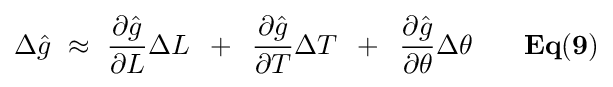
\Delta {\hat {g}}\,\,\approx \,\,{{\partial {\hat {g}}} \over {\partial L}}\Delta L\,\,\,+\,\,\,{{\partial {\hat {g}}} \over {\partial T}}\Delta T\,\,\,+\,\,\,{{\partial {\hat {g}}} \over {\partial \theta }}\Delta \theta {\mathbf {\,\,\,\,\,\,\,\,\,\,\,Eq(9)} }